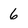
Character: 6